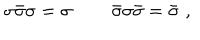
\sigma \bar { \sigma } \sigma = \sigma \, \qquad \bar { \sigma } \sigma \bar { \sigma } = \bar { \sigma } \, \, ,